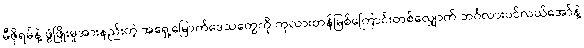
မီဇိုရမ်နဲ့ ဖွံဖြိုးမှုအားနည်းတဲ့ အရှေ့မြောက်ဒေသတွေကို ကုလားတန်မြစ်ကြောင်းတစ်လျှောက် ဘင်္ဂလားပင်လယ်အော်နဲ့